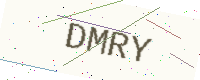
Text: DMRY